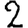
Digit: 2